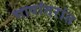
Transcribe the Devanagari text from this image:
भाषांतरांत